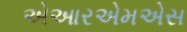
એઆરએમએસ